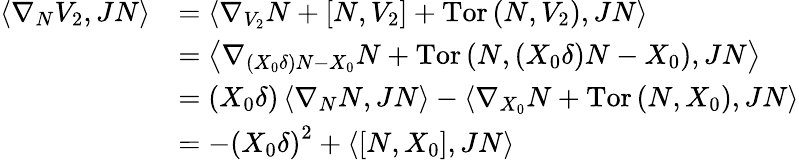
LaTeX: \begin{array}{rl}{\left\langle\nabla_{N}V_{2},JN\right\rangle}&{=\left\langle\nabla_{V_{2}}N+\left[N,V_{2}\right]+\mathrm{Tor}\left(N,V_{2}\right),JN\right\rangle}\\ &{=\left\langle\nabla_{\left(X_{0}\delta\right)N-X_{0}}N+\mathrm{Tor}\left(N,\left(X_{0}\delta\right)N-X_{0}\right),JN\right\rangle}\\ &{=\left(X_{0}\delta\right)\left\langle\nabla_{N}N,JN\right\rangle-\left\langle\nabla_{X_{0}}N+\mathrm{Tor}\left(N,X_{0}\right),JN\right\rangle}\\ &{=-\left(X_{0}\delta\right)^{2}+\left\langle\left[N,X_{0}\right],JN\right\rangle}\end{array}